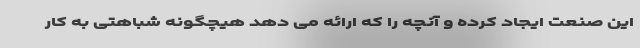
این صنعت ایجاد کرده و آنچه را که ارائه می دهد هیچگونه شباهتی به کار